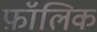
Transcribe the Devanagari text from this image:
फ़ॉलिक